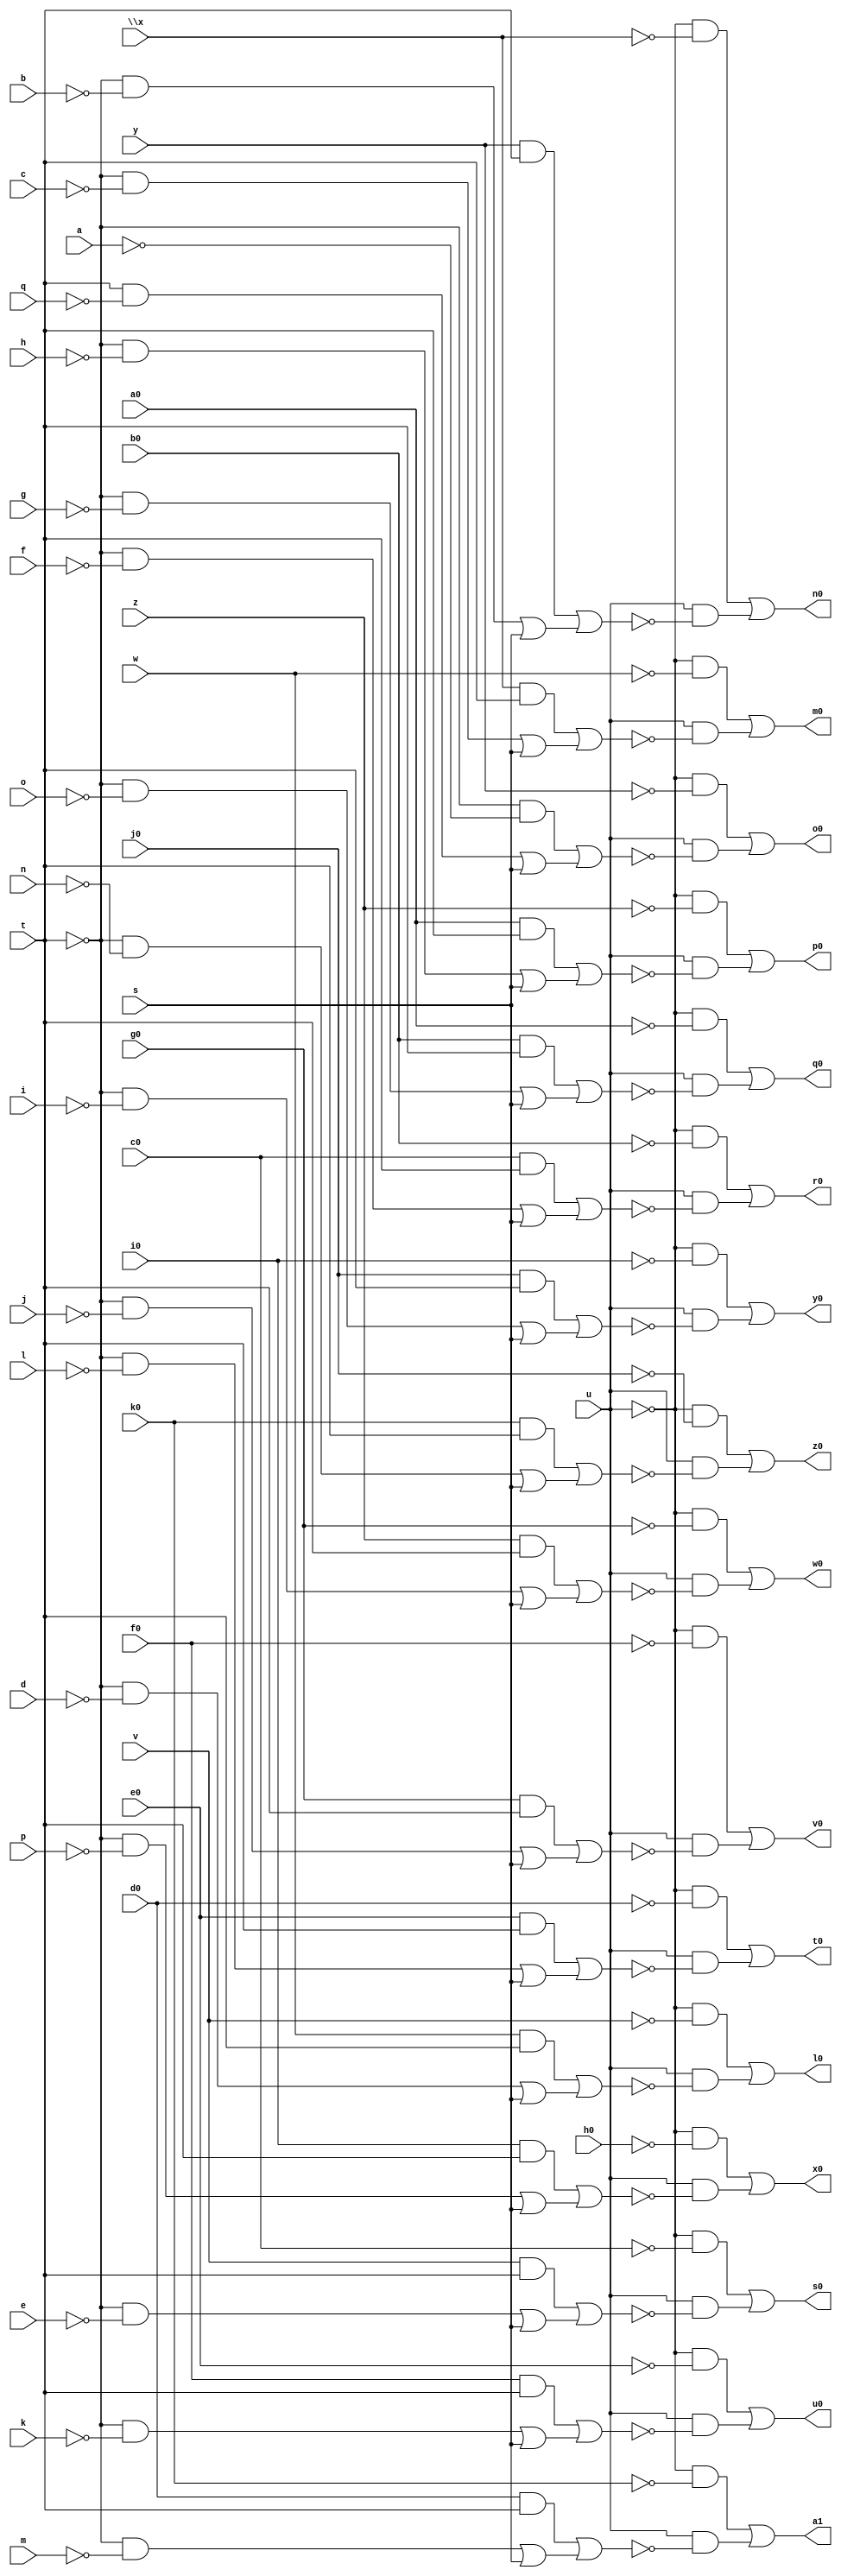
// IWLS benchmark module "unreg" printed on Wed May 29 17:30:25 2002
module unreg(a, b, c, d, e, f, g, h, i, j, k, l, m, n, o, p, q, s, t, u, v, w, \x , y, z, a0, b0, c0, d0, e0, f0, g0, h0, i0, j0, k0, l0, m0, n0, o0, p0, q0, r0, s0, t0, u0, v0, w0, x0, y0, z0, a1);
input
  g0,
  h0,
  i0,
  j0,
  k0,
  a,
  b,
  c,
  d,
  e,
  f,
  g,
  h,
  i,
  j,
  k,
  l,
  m,
  n,
  o,
  p,
  q,
  s,
  t,
  u,
  v,
  w,
  \x ,
  y,
  z,
  a0,
  b0,
  c0,
  d0,
  e0,
  f0;
output
  l0,
  m0,
  n0,
  o0,
  p0,
  q0,
  r0,
  s0,
  t0,
  u0,
  v0,
  w0,
  x0,
  y0,
  z0,
  a1;
wire
  g2,
  i2,
  j2,
  \[10] ,
  \[11] ,
  m2,
  \[12] ,
  \[13] ,
  o2,
  \[14] ,
  \[0] ,
  \[15] ,
  q2,
  \[1] ,
  r2,
  \[2] ,
  \[3] ,
  \[4] ,
  u2,
  \[5] ,
  \[6] ,
  w1,
  w2,
  \[7] ,
  \[8] ,
  y1,
  y2,
  \[9] ,
  z2,
  a2,
  b2,
  e2;
assign
  g2 = (b0 & t) | ((~t & ~g) | s),
  i2 = (c0 & t) | ((~t & ~f) | s),
  j2 = (v & t) | ((~t & ~e) | s),
  \[10]  = (~u & ~f0) | (u & ~q2),
  l0 = \[0] ,
  \[11]  = (~u & ~g0) | (u & ~r2),
  m0 = \[1] ,
  m2 = (e0 & t) | ((~t & ~l) | s),
  \[12]  = (~u & ~h0) | (u & ~u2),
  n0 = \[2] ,
  \[13]  = (~u & ~i0) | (u & ~w2),
  o0 = \[3] ,
  o2 = (f0 & t) | ((~t & ~k) | s),
  \[14]  = (~u & ~j0) | (u & ~y2),
  p0 = \[4] ,
  \[0]  = (~u & ~v) | (u & ~w1),
  \[15]  = (~u & ~k0) | (u & ~z2),
  q0 = \[5] ,
  q2 = (g0 & t) | ((~t & ~j) | s),
  \[1]  = (~u & ~w) | (u & ~y1),
  r0 = \[6] ,
  r2 = (z & t) | ((~t & ~i) | s),
  \[2]  = (~u & ~\x ) | (u & ~a2),
  s0 = \[7] ,
  \[3]  = (~u & ~y) | (u & ~b2),
  t0 = \[8] ,
  \[4]  = (~u & ~z) | (u & ~e2),
  u0 = \[9] ,
  u2 = (i0 & t) | ((~t & ~p) | s),
  \[5]  = (~u & ~a0) | (u & ~g2),
  v0 = \[10] ,
  \[6]  = (~u & ~b0) | (u & ~i2),
  w0 = \[11] ,
  w1 = (w & t) | ((~t & ~d) | s),
  w2 = (j0 & t) | ((~t & ~o) | s),
  \[7]  = (~u & ~c0) | (u & ~j2),
  x0 = \[12] ,
  \[8]  = (~u & ~d0) | (u & ~m2),
  y0 = \[13] ,
  y1 = (\x  & t) | ((~t & ~c) | s),
  y2 = (k0 & t) | ((~t & ~n) | s),
  \[9]  = (~u & ~e0) | (u & ~o2),
  z0 = \[14] ,
  z2 = (d0 & t) | ((~t & ~m) | s),
  a1 = \[15] ,
  a2 = (y & t) | ((~t & ~b) | s),
  b2 = (~t & ~a) | ((t & ~q) | s),
  e2 = (a0 & t) | ((~t & ~h) | s);
endmodule